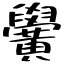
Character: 黌